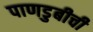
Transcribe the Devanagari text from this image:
पाणडुबीची